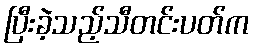
ပြီးခဲ့သည့်သီတင်းပတ်က